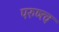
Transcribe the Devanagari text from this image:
परुष्त्व